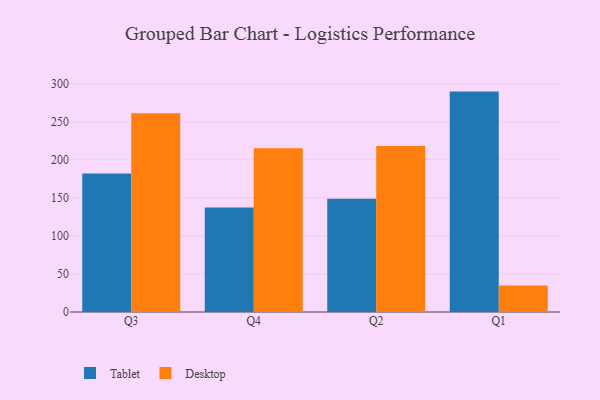
{"axis": {"x": "Quarter", "y": "Production Output"}, "legend": ["Desktop", "Tablet"], "data": [{"x": "Q3", "y": 182.0, "type": "Tablet"}, {"x": "Q3", "y": 261.2, "type": "Desktop"}, {"x": "Q4", "y": 137.5, "type": "Tablet"}, {"x": "Q4", "y": 215.1, "type": "Desktop"}, {"x": "Q2", "y": 149.0, "type": "Tablet"}, {"x": "Q2", "y": 218.3, "type": "Desktop"}, {"x": "Q1", "y": 289.7, "type": "Tablet"}, {"x": "Q1", "y": 34.7, "type": "Desktop"}]}